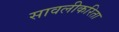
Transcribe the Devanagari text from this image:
सावलीकरिता